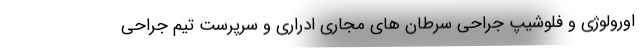
اورولوژی و فلوشیپ جراحی سرطان های مجاری ادراری و سرپرست تیم جراحی